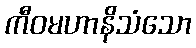
ကီဝမဟာနိသံသော